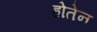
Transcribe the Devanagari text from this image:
होतेन